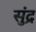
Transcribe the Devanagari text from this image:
सुंद्र